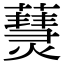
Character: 𤑒